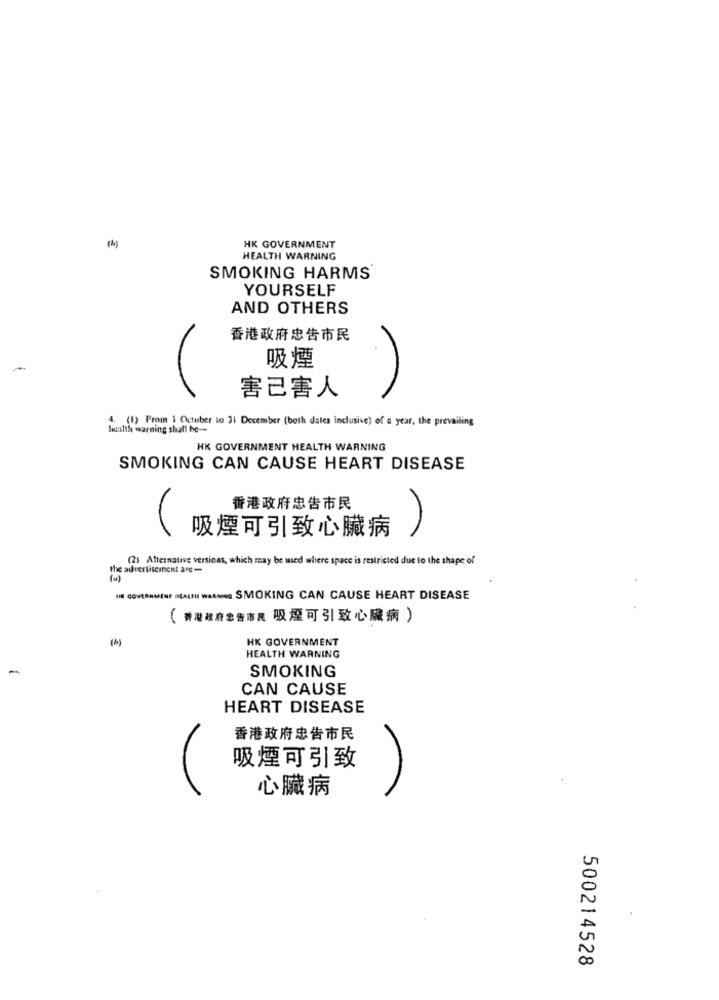
HK GOVERNMENT
HEALTH WARNING
SMOKING HARMS
YOURSELF
AND OTHERS
香港政府忠告市民
吸煙
害己害人
4. (1) From 1 Octuber to 31 December (both dales inclusive) of a year, the prevailing
healthe warning shall be --
HK GOVERNMENT HEALTH WARNING
SMOKING CAN CAUSE HEART DISEASE
香港政府忠告市民
吸煙可引致心臟病
(2) Alternative versicas, which may be used where space is restricted due to the shape of
the advertisement are-
HIR GOVERNMENT HEALTH WARNING SMOKING CAN CAUSE HEART DISEASE
(香港政府忠告市民 吸煙可引致心臟病)
HK GOVERNMENT
HEALTH WARNING
-
SMOKING
CAN CAUSE
HEART DISEASE
香港政府忠告市民
吸煙可引致
心臟病
500214528